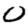
Digit: 0